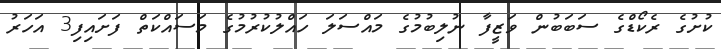
ކުށުގެ ރެކޯޑްގެ ސަބަބުން ވަޒީފާ ނުލިބުމުގެ މައްސަލަ ހައްލުކުރުމުގެ މަސައްކަތް ފަށައިފި3 އަހަރު